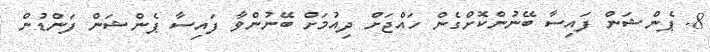
8. ޕެންޝަން ފައިސާ ބޭނުންކޮށްގެން ހައްޖަށް ދިއުމަށް ބޭނުންވާ ފައިސާ ޕެންޝަން ފަންޑުން